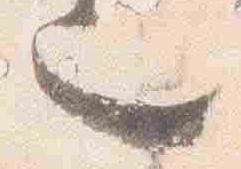
也